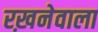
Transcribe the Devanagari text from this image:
रख़नेवाला